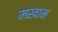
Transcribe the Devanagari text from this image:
मखाम